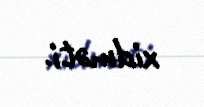
xidməti.